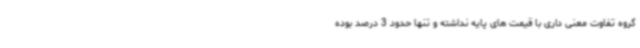
گروه تفاوت معنی داری با قیمت های پایه نداشته و تنها حدود 3 درصد بوده